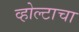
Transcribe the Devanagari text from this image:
व्होल्टाचा